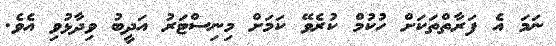
ނަމަ އެ ފަރާތްތަކަށް ހުކުމް ކުރެވޭ ކަމަށް މިނިސްޓަރު އަދީބު ވިދާޅުވި އެވެ.